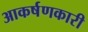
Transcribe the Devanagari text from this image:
आकर्षणकारी